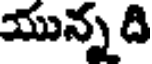
యున్న ది